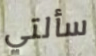
سألتي